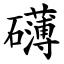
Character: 礴